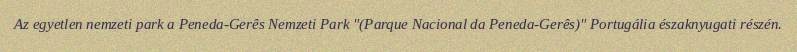
Az egyetlen nemzeti park a Peneda-Gerês Nemzeti Park "(Parque Nacional da Peneda-Gerês)" Portugália északnyugati részén.